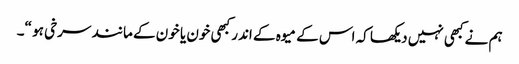
ہم نے کبھی نہیں دیکھا کہ اس کے میوہ کے اندر کبھی خون یا خون کے مانند سرخی ہو “۔